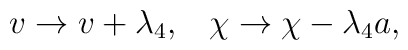
v\rightarrow v+\lambda_4 ,\;\;\; \chi\rightarrow \chi-\lambda_4 a,